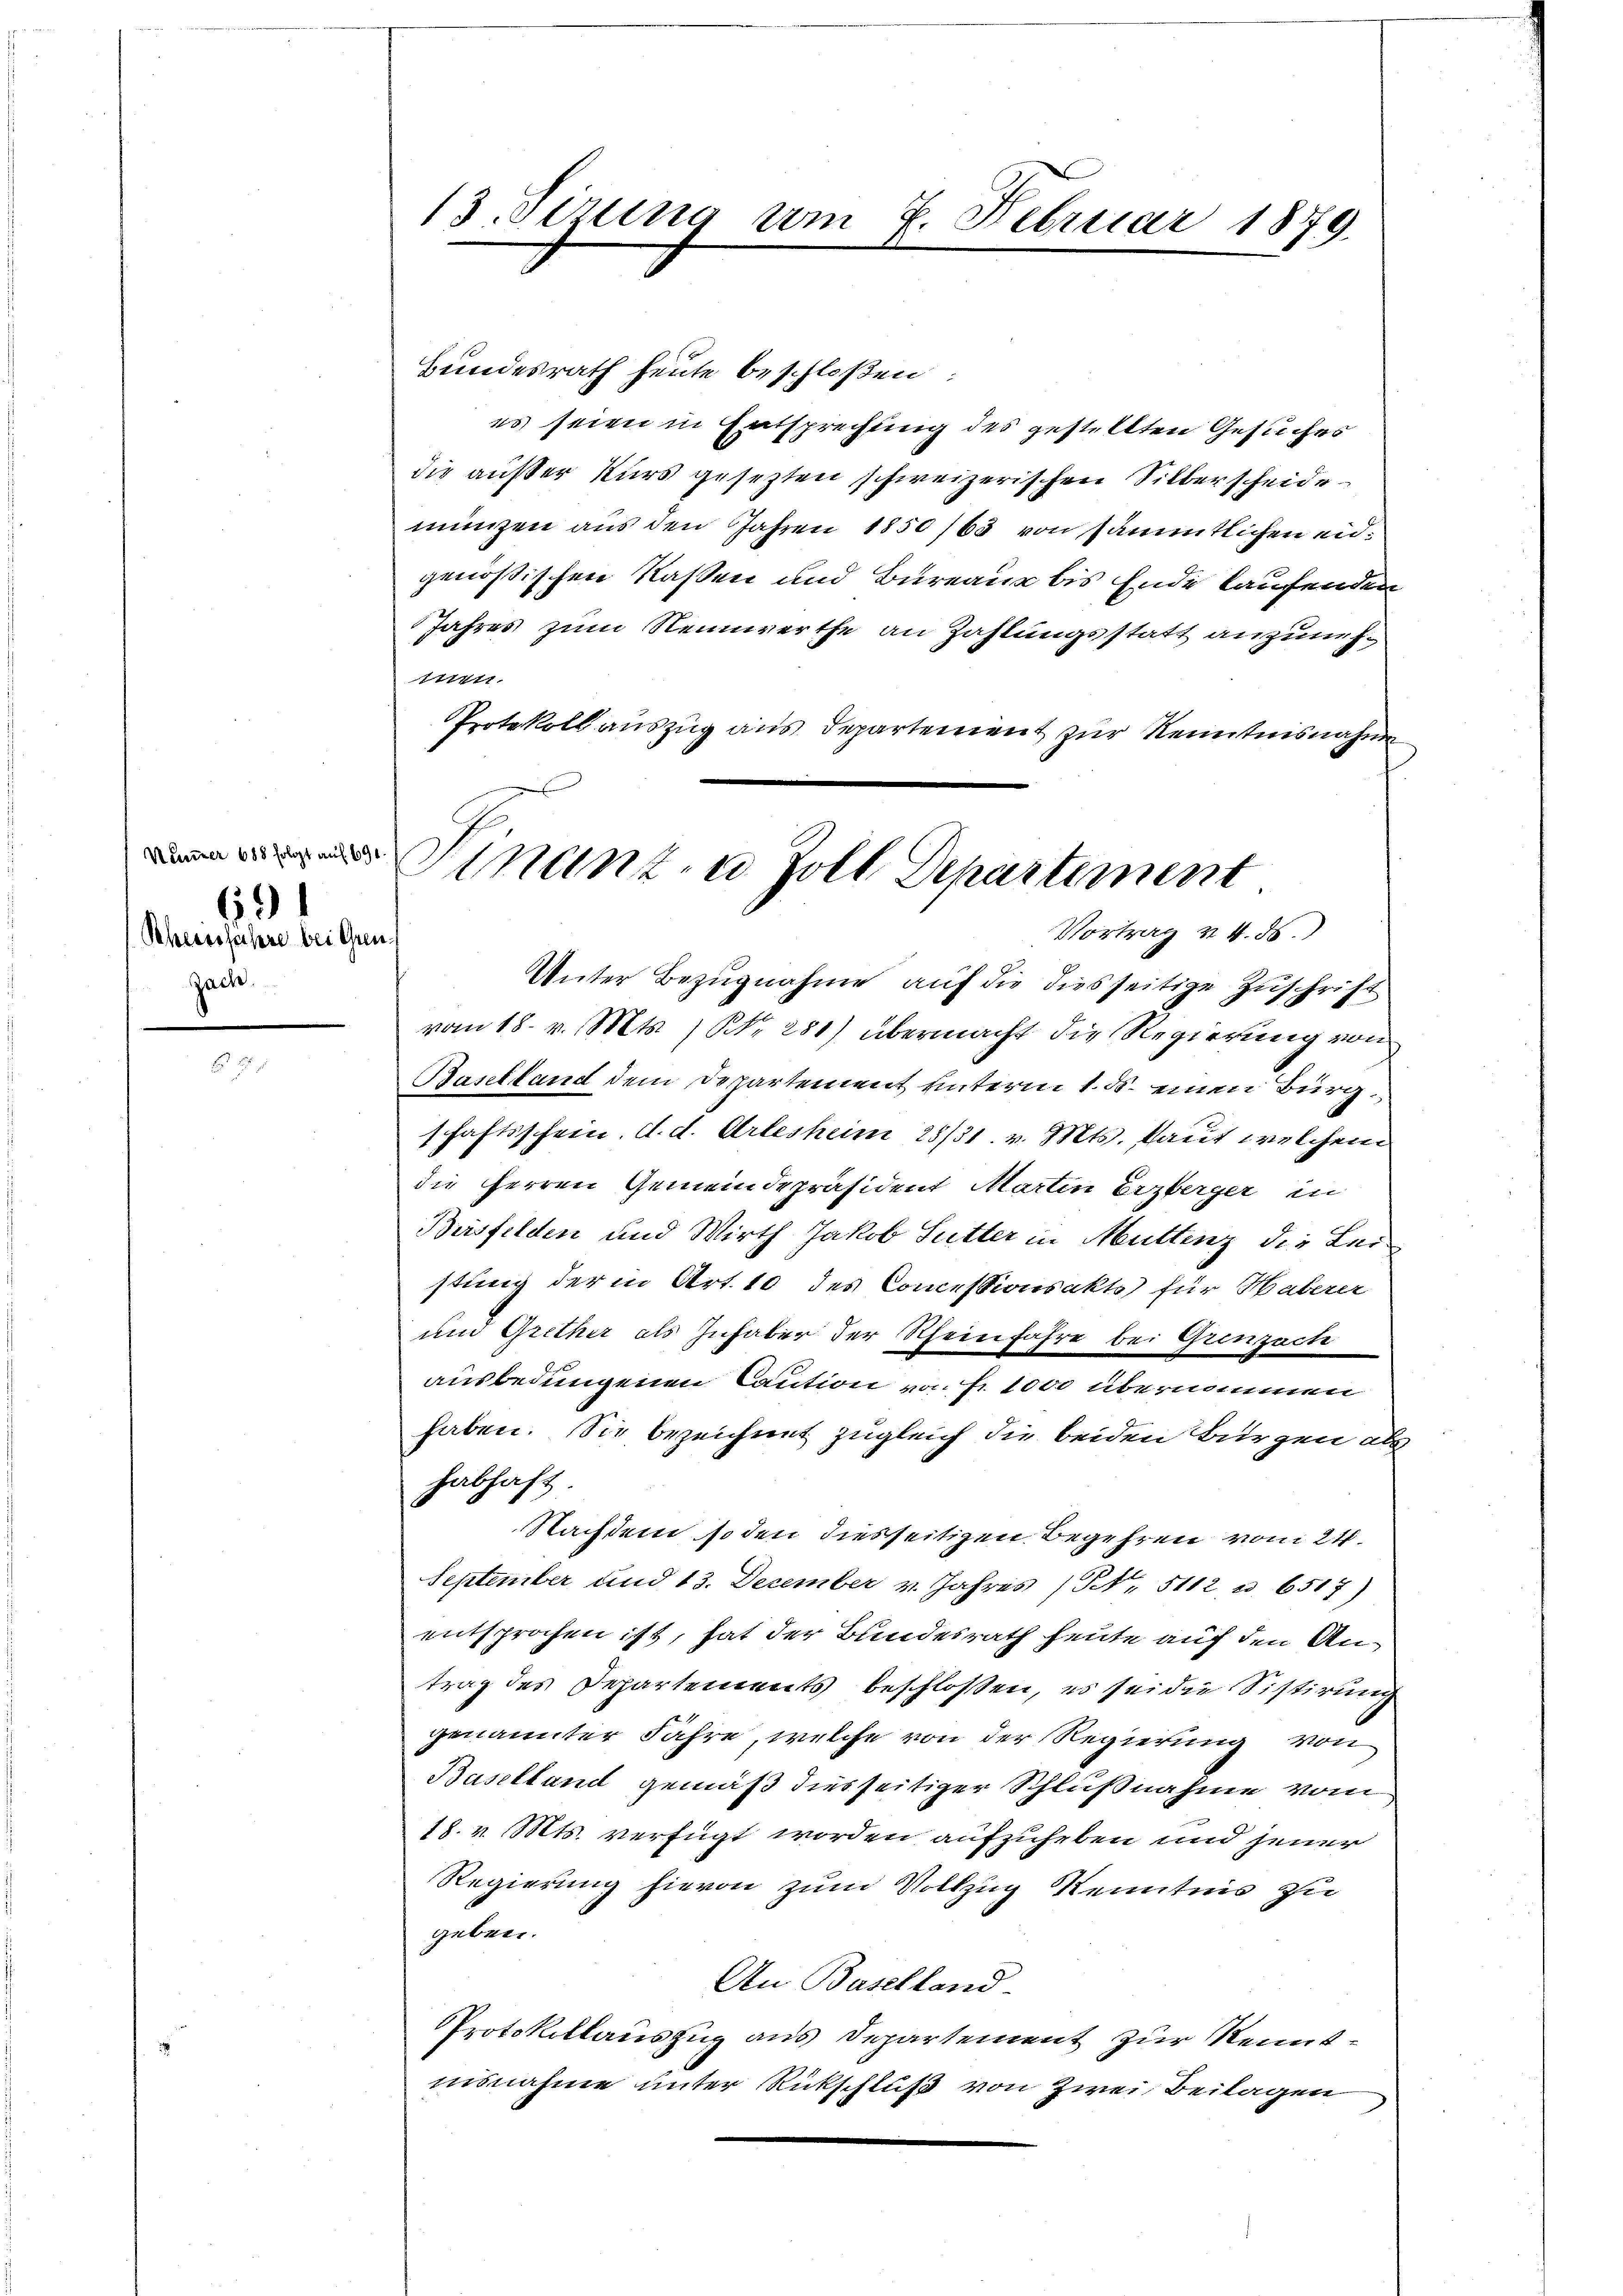
Nummer 688 folgt auf 694
Scheersjahre bei Gren¬
Zach.

691

13. Sirung am 2. Februar 1879
d

Bundesrath heute beschloßen:
es seien in Entsprechung des gestellten Gesuches
die außer Kurs gesezten schweizerischen Silberscheide
münzen aus den Jahren 1850 /63 von sämmtlichen eidgenössischen Kassen und Bureaux bis Ende laufenden
Jahres zum Nennwerthe an Zahlungsstatt anzuneh¬
1111.
Protokoll auszug aus Departement zur Kenntnisnahme

Finanz- u Zoll Departement
Vortrag & 4. ds.

Unter Bezugnahme auf die diesseitige Zuschrift
vom 18. v. Mts., N. 281) übermacht die Regierung von
Banstand dem Departement unterm 1. ds. einen Bürgschaftsschein. d. d. Arbesheim 28/31 v. Mts. laut welchem
die Herren Gemeindepräsident Martin Erzberger in
Biisfelden und Wirth Jakob Sutter in Muttenz die Leistung der in Art. 10 des Concessionsakt für Haberer
um Grether als Inhaber der Scheinfahre bei Grenzach
ausbedungenen Caution von Fr. 1000 übernommen
haben. Sie bezeichnet zugleich die beiden Bürgen als
habhaft
Nachdem soden diesseitigen Begehren vom 24.
September und 13. December v. Jahres (S. 5112 u. 6517)
entsprochen ist, hat der Bundesrath heute auf den Antrag des Departements beschlossen, es sei die Sistirung
genannter Jahre, welche von der Regierung von
Baselland gemäß diesseitiger Schlußnahme vom
18. v. Mts. verfügt worden aufzuheben und jener
Regierung hievon zum Vollzug Kenntnis zu
geben.
An Baselland-
Protokollauszug aus Departement zur Kenntnisnahme unter Rückschluß von Zwei Beilagen